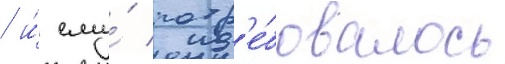
/ и́ ему́ потр'е́бовалось